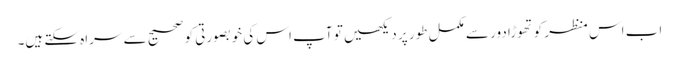
اب اس منظر کو تھوڑا دور سے مکمل طور پر دیکھیں تو آپ اس کی خوبصورتی کو صحیح سے سراہ سکتے ہیں۔